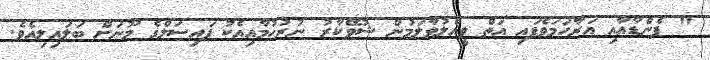
" ފެންޑާއާއި އަރާހަމަވެފައި އަތް ވީއްލުވާލަމުން ޝުވޭކާރު ނުރުހުމާއިއެކު ފައިސަލްގެ މޫނަށް ބަލައިލިއެވެ.